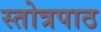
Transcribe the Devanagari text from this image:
स्तोत्रपाठ